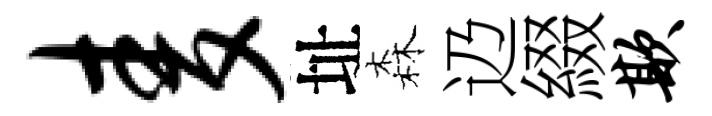
麦址森辸綴欺